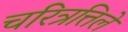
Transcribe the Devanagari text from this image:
चरित्रत्तिले